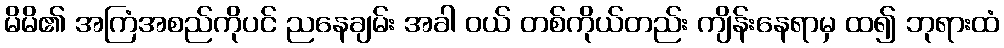
မိမိ၏ အကြံအစည်ကိုပင် ညနေချမ်း အခါ ဝယ် တစ်ကိုယ်တည်း ကျိန်းနေရာမှ ထ၍ ဘုရားထံ